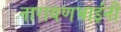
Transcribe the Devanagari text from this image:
नारायणभाईंनी